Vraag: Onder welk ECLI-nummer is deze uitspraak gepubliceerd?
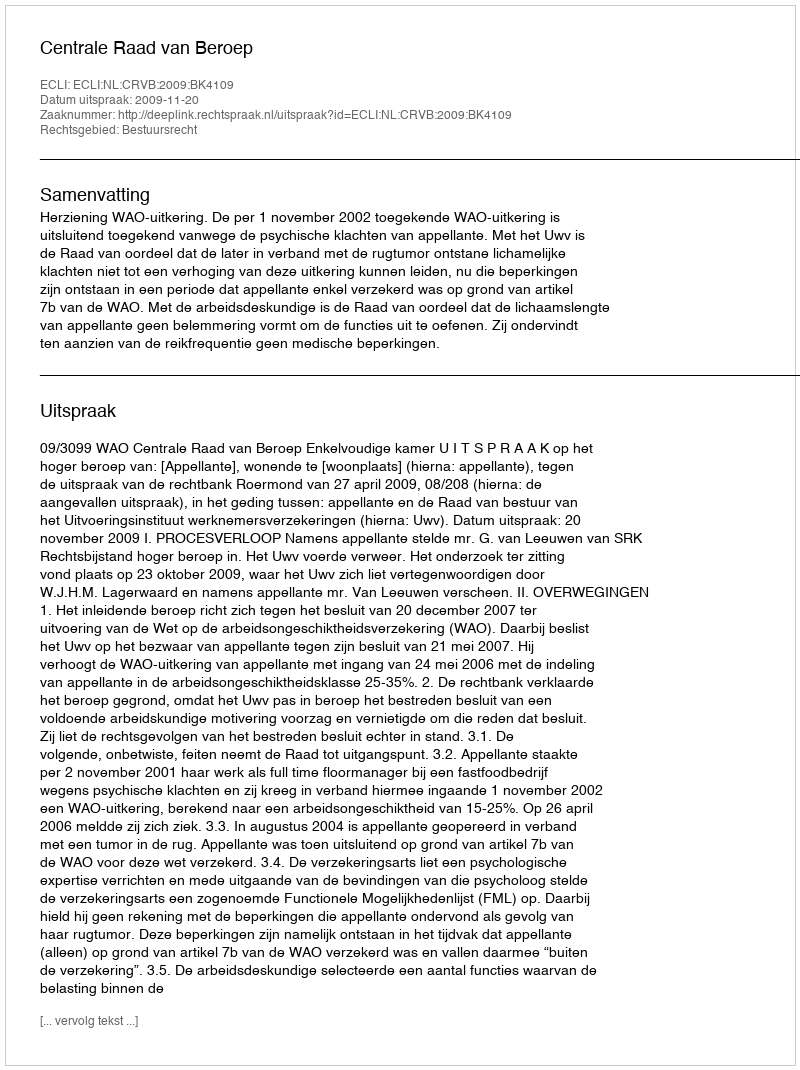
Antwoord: ECLI:NL:CRVB:2009:BK4109